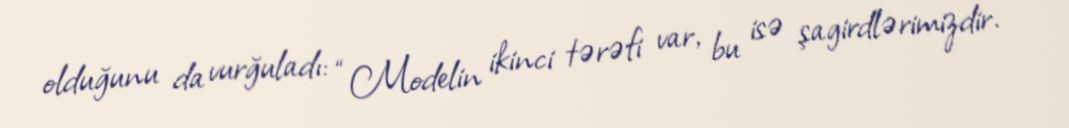
olduğunu da vurğuladı: “Modelin ikinci tərəfi var, bu isə şagirdlərimizdir.